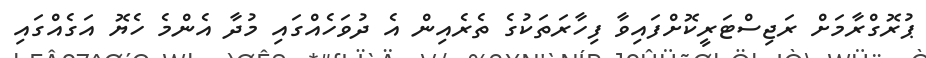
ޕުރޮގްރާމަށް ރަޖިސްޓަރީކޮށްފައިވާ ފިހާރަތަކުގެ ތެރެއިން އެ ދުވަހެއްގައި މުދާ އެންމެ ހެޔޮ އަގެއްގައި